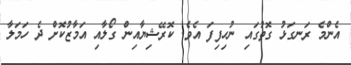
އެންމެ ރަނގަޅު ގޮތުގައި ނުހިފިފަ އެވެ. ކޮރޭޝިޔާއިން ގޯލާއި އަމާޒުކޮށް ދެ ހަމަލާ